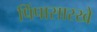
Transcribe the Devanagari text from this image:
पिंपासारखे